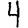
Digit: 4